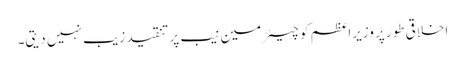
اخلاقی طور پروزیراعظم کو چیئرمین نیب پر تنقید زیب نہیں دیتی۔